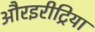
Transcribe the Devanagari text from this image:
औरइरीट्रिया